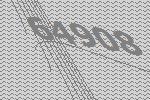
64908